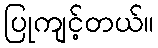
ပြုကျင့်တယ်။